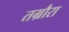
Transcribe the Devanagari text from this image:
तम्रौरा